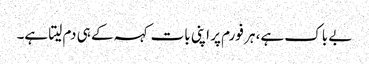
بے باک ہے، ہر فورم پر اپنی بات کہہ کے ہی دم لیتا ہے۔